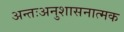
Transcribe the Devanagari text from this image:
अन्तःअनुशासनात्मक